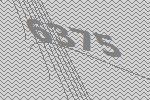
6375